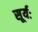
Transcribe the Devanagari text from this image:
सूर्यः